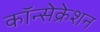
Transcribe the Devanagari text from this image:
कॉन्सेक्रेशन